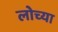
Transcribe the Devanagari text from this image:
लोच्या